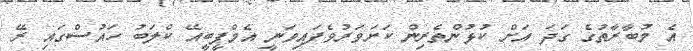
އެ މުބާރާތުގެ ގަދަ އަށް ކުޅުންތެރިން ކަށަވަރުވެފައިވަނީ އެމްޕީބީއޭ ކްލަބު ހައުސްގައި ރޭ